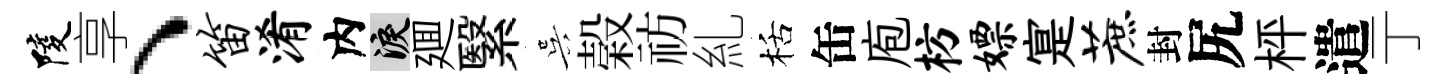
陵享、笛淆内泪廽繄吴榖祊糺栝缶庖枋嫖寔蔗封尻枰遣亍